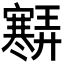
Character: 𡫶